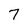
Character: 7